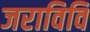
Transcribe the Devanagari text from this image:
जराविवि